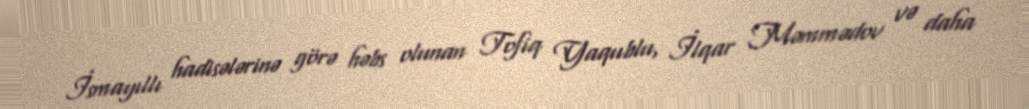
İsmayıllı hadisələrinə görə həbs olunan Tofiq Yaqublu, İlqar Məmmədov və daha